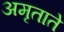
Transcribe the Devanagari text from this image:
अमृताते